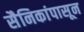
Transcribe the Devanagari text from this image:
सैनिकांपासून